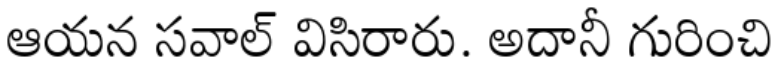
ఆయన సవాల్ విసిరారు. అదానీ గురించి